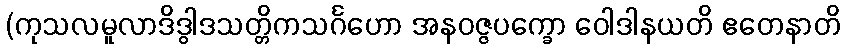
(ကုသလမူလာဒိဒွါဒသတ္တိကသင်္ဂဟော အနဝဇ္ဇပက္ခော ဝေါဒါနယတိ ဧတေနာတိ